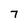
Character: 7